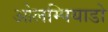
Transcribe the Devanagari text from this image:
ओलम्पियाडो